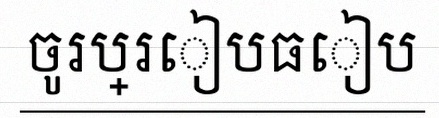
ចូរប្រៀបធៀប